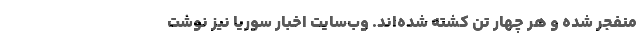
منفجر شده و هر چهار تن کشته شده‌اند. وب‌سایت اخبار سوریا نیز نوشت